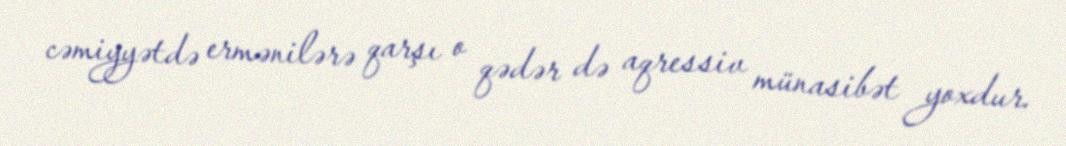
cəmiyyətdə ermənilərə qarşı o qədər də aqressiv münasibət yoxdur.